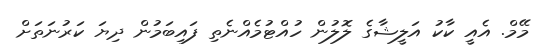
މޭމް. އެއީ ކާކު އަލީޝާގެ ލޮލުން ހުއްޓުމެއްނެތި ފައިބަމުން ދިޔަ ކަރުނަތަށް